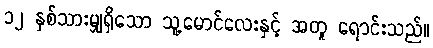
၁၂ နှစ်သားမျှရှိသော သူ့မောင်လေးနှင့် အတူ ရောင်းသည်။